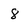
Character: 8